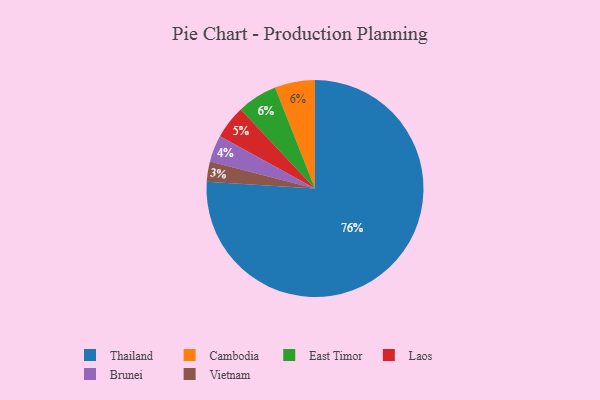
{"axis": {"x": "Category", "y": "Percentage"}, "legend": ["Brunei", "Cambodia", "East Timor", "Laos", "Thailand", "Vietnam"], "data": [{"x": "Brunei", "y": 4, "type": "Brunei"}, {"x": "Thailand", "y": 76, "type": "Thailand"}, {"x": "Cambodia", "y": 6, "type": "Cambodia"}, {"x": "Vietnam", "y": 3, "type": "Vietnam"}, {"x": "East Timor", "y": 6, "type": "East Timor"}, {"x": "Laos", "y": 5, "type": "Laos"}]}